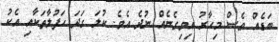
ބަޑެއް ވެސް މިހާރު އިވިގެނެއް ނުދެ އެވެ. ކުލަ ގަދަ ހަފުލާތަކާއި އެކު